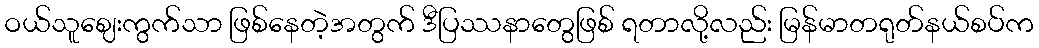
ဝယ်သူဈေးကွက်သာ ဖြစ်နေတဲ့အတွက် ဒီပြဿနာတွေဖြစ် ရတာလို့လည်း မြန်မာတရုတ်နယ်စပ်က